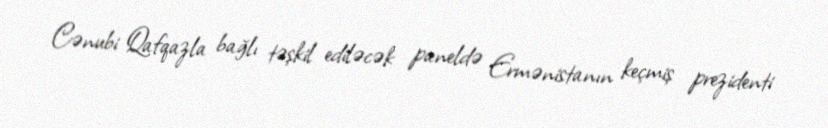
Cənubi Qafqazla bağlı təşkil ediləcək paneldə Ermənistanın keçmiş prezidenti